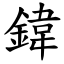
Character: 鍏